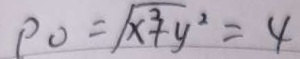
\rho _ { 0 } = \sqrt { x ^ { 3 } + y ^ { 2 } } = 4